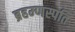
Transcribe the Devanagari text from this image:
ब्रहम्णस्पति